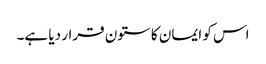
اس کو ایمان کا ستون قرار دیا ہے۔